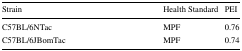
| Strain | Health Standard | PEI |
 | --- | --- | --- |
 | C57BL/6NTac | MPF | 0.76 |
 | C57BL/6JBomTac | MPF | 0.74 |